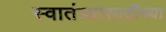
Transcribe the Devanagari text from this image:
स्वातंत्र्यासाठीच्या